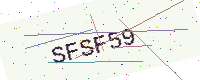
Text: SFSF59